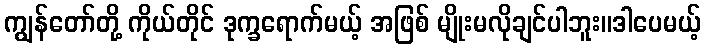
ကျွန်တော်တို့ ကိုယ်တိုင် ဒုက္ခရောက်မယ့် အဖြစ် မျိုးမလိုချင်ပါဘူး။ဒါပေမယ့်